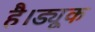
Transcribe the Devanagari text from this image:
है।ड्यूक